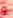
و